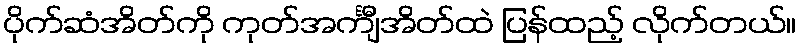
ပိုက်ဆံအိတ်ကို ကုတ်အင်္ကျီအိတ်ထဲ ပြန်ထည့် လိုက်တယ်။